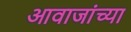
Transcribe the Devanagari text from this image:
आवाजांच्या